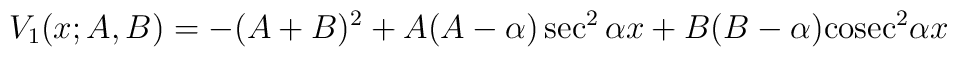
V_1(x;A,B)= - (A+B)^2 + A(A-\alpha) \sec^2 \alpha x + B(B-\alpha){\rm cosec}^2 \alpha x